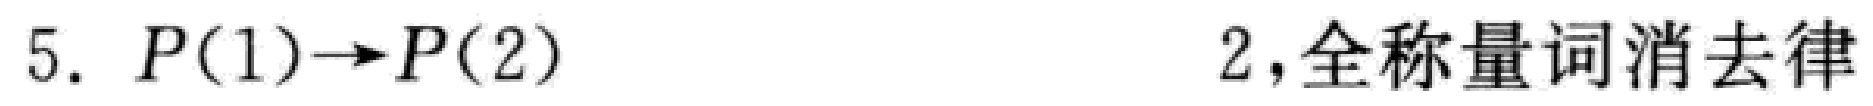
5. \(P(1)\to P(2)\)  2，全称量词消去律